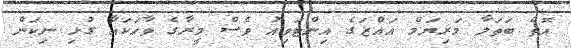
އޮތް ބަތަލާ މަރިޔަމް އައްޒަގެ އިންޓަވިއު ވެސް މީރާގެ ވާހަކައާ ގުޅި ނިކަން